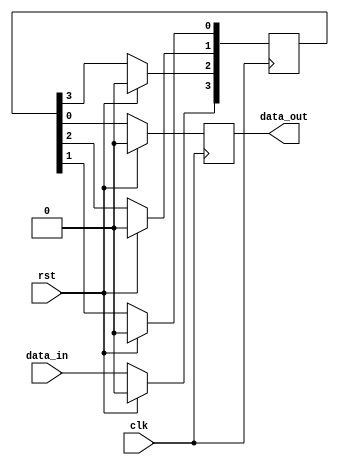
module SISO(
  input data_in,clk,rst,
  output reg data_out);
  
reg [0:3] SISO_reg;

always@(posedge clk) begin
  if (rst==1'b1) begin
    SISO_reg<=4'b0;
    data_out<=1'b0;
  end
  else begin
    SISO_reg[0]<=data_in;
    SISO_reg[1]<=SISO_reg[0];
    SISO_reg[2]<=SISO_reg[1];
    SISO_reg[3]<=SISO_reg[2];
    data_out<=SISO_reg[3];
  end
end

endmodule